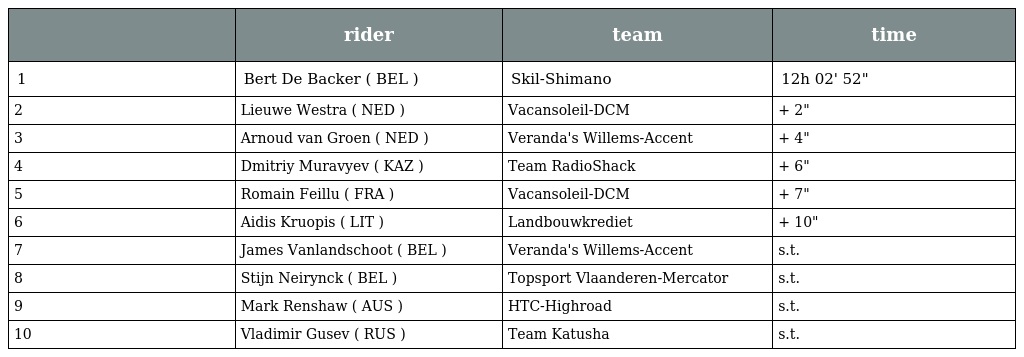
|  | rider | team | time |
 | --- | --- | --- | --- |
 | 1 | Bert De Backer ( BEL ) | Skil-Shimano | 12h 02' 52" |
 | 2 | Lieuwe Westra ( NED ) | Vacansoleil-DCM | + 2" |
 | 3 | Arnoud van Groen ( NED ) | Veranda's Willems-Accent | + 4" |
 | 4 | Dmitriy Muravyev ( KAZ ) | Team RadioShack | + 6" |
 | 5 | Romain Feillu ( FRA ) | Vacansoleil-DCM | + 7" |
 | 6 | Aidis Kruopis ( LIT ) | Landbouwkrediet | + 10" |
 | 7 | James Vanlandschoot ( BEL ) | Veranda's Willems-Accent | s.t. |
 | 8 | Stijn Neirynck ( BEL ) | Topsport Vlaanderen-Mercator | s.t. |
 | 9 | Mark Renshaw ( AUS ) | HTC-Highroad | s.t. |
 | 10 | Vladimir Gusev ( RUS ) | Team Katusha | s.t. |